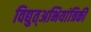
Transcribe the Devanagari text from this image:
विद्युत्अभियांत्रिकी